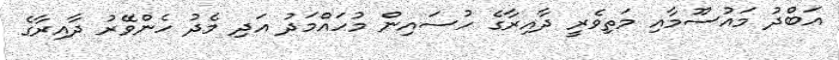
އަބްދު މައުސޫމާއި މަތިވެރީ ދާއިރާގެ ހުސައިން މުހައްމަދު އަދި މެދު ހެންވޭރު ދާއިރާގެ